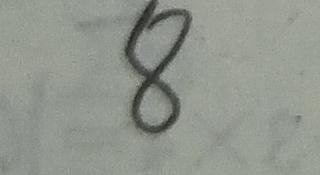
8